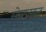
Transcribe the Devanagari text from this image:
स्टेशनकूट